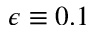
\epsilon \equiv 0 . 1